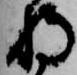
持